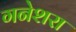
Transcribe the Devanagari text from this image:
गनेशरा